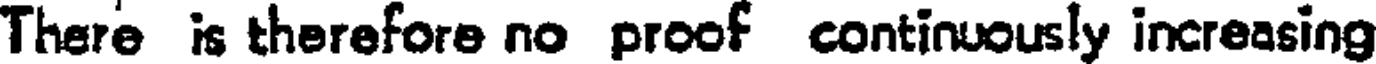
There is therefore no proof continuously increasing